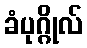
ခံပုဂ္ဂိုလ်